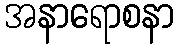
အနာရောစနာ